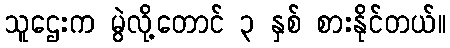
သူဌေးက မွဲလို့တောင် ၃ နှစ် စားနိုင်တယ်။